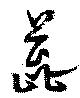
蕋